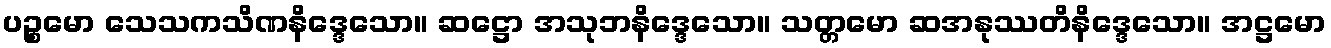
ပဉ္စမော သေသကသိဏနိဒ္ဒေသော။ ဆဋ္ဌော အသုဘနိဒ္ဒေသော။ သတ္တမော ဆအနုဿတိနိဒ္ဒေသော။ အဋ္ဌမော